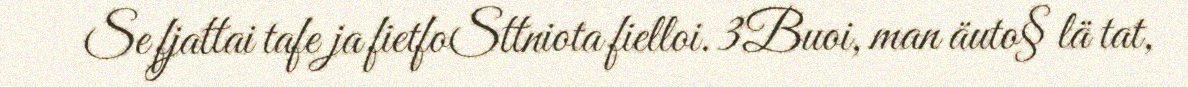
Se fjattai tafe ja fietfoSttniota fielloi. 3Buoi, man äuto§ lä tat,